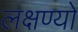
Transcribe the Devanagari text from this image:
लक्षण्यो